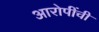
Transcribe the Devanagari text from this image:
आरोपींची